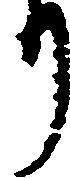
り